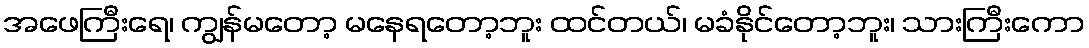
အဖေကြီးရေ၊ ကျွန်မတော့ မနေရတော့ဘူး ထင်တယ်၊ မခံနိုင်တော့ဘူး၊ သားကြီးကော